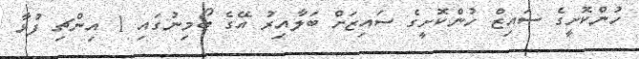
ހުންކޮށީގެ ސައިޒް ހުންކޮށީގެ ސައިޒަށް ބަލާއިރު އޭގެ ބޯމިނުގައި 1 އިންޗި ފުޅާ